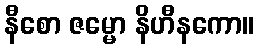
နီစော ဇမ္မော နိဟီနကော။